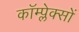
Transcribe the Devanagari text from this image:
कॉम्प्लेक्सों